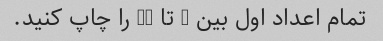
تمام اعداد اول بین 1 تا 50 را چاپ کنید.